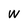
Character: W